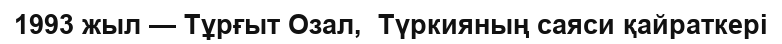
1993 жыл — Тұрғыт Озал,  Түркияның саяси қайраткері